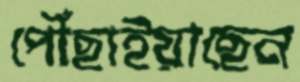
পৌঁছাইয়াছেন